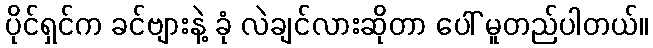
ပိုင်ရှင်က ခင်ဗျားနဲ့ ခုံ လဲချင်လားဆိုတာ ပေါ် မူတည်ပါတယ်။